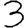
Digit: 3